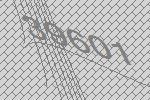
39601